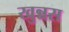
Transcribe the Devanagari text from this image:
खुन्नस